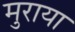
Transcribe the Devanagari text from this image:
मुराया